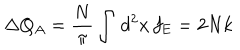
LaTeX: \Delta Q _ { A } = \frac { N } { \pi } \int \, d ^ { 2 } x \, f _ { \mathrm { E } } = 2 N k